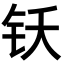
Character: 𬬴